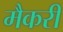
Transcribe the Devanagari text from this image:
मैकरी